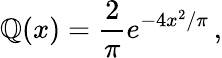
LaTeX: \mathbb{Q}(x)=\frac{{2}}{{\pi}}e^{-4x^{2}/\pi}\, ,